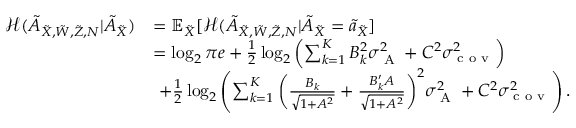
\begin{array} { r l } { \mathcal { H } ( \tilde { A } _ { { { \tilde { X } } } , \tilde { W } , \tilde { Z } , N } | \tilde { A } _ { { { \tilde { X } } } } ) } & { = \mathbb { E } _ { \tilde { X } } [ \mathcal { H } ( \tilde { A } _ { { { \tilde { X } } } , \tilde { W } , \tilde { Z } , N } | \tilde { A } _ { { { \tilde { X } } } } = \tilde { a } _ { \tilde { X } } ] } \\ & { = \log _ { 2 } \pi e + \frac { 1 } { 2 } \log _ { 2 } \left( { \sum _ { k = 1 } ^ { K } B _ { k } ^ { 2 } \sigma _ { \textrm { A } } ^ { 2 } + C ^ { 2 } \sigma _ { \textrm { c o v } } ^ { 2 } } \right) } \\ & { \, \, + \frac { 1 } { 2 } \log _ { 2 } \left( { { \sum _ { k = 1 } ^ { K } \bigg ( \frac { B _ { k } } { \sqrt { 1 + A ^ { 2 } } } + \frac { B _ { k } ^ { \prime } A } { \sqrt { 1 + A ^ { 2 } } } \bigg ) ^ { 2 } } \sigma _ { \textrm { A } } ^ { 2 } + C ^ { 2 } \sigma _ { \textrm { c o v } } ^ { 2 } } \right) . } \end{array}